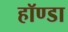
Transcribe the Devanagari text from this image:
हॉण्डा